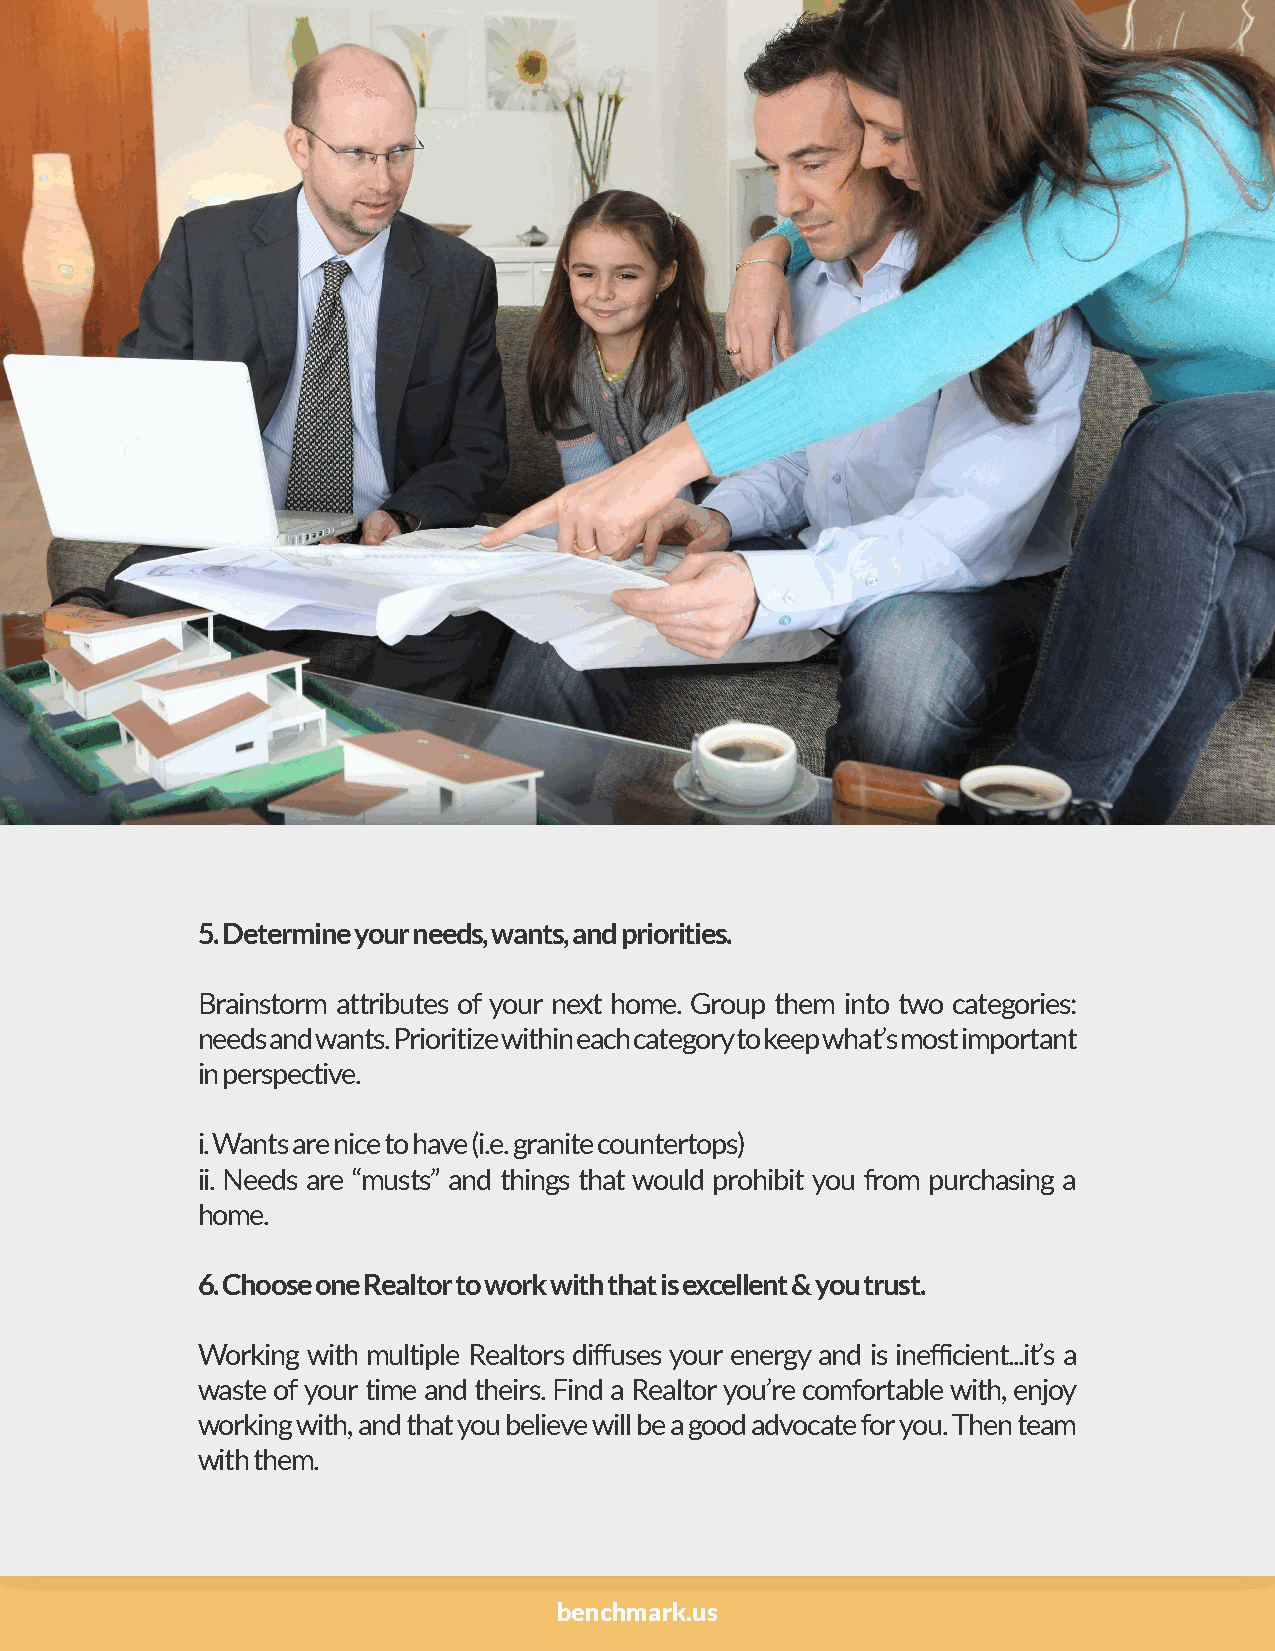
5. Determine your needs, wants, and priorities.
 Brainstorm attributes of your next home. Group them into two categories:
 needs and wants. Prioritize within each category to keep what’s most important
 in perspective.
 i. Wants are nice to have (i.e. granite countertops)
 ii. Needs are “musts” and things that would prohibit you from purchasing a
 home.
 6. Choose one Realtor to work with that is excellent & you trust.
 Working with multiple Realtors diffuses your energy and is inefficient...it’s a
 waste of your time and theirs. Find a Realtor you’re comfortable with, enjoy
 working with, and that you believe will be a good advocate for you. Then team
 with them.
 benchmark.us